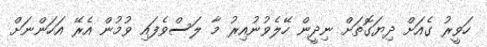
ހަވީރު ގެއަށް ދިޔަގޮތަށް ނިދީން ހޭލެވުނުއިރު މާ ލަސްވެފައި ވުމުން އެރޭ އަހަންނަށް